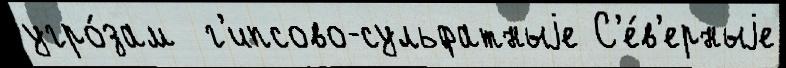
угро́зам  г'ипсово-сульфатныjе С'е́в'ерныjе